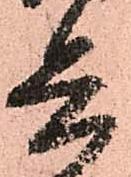
兵